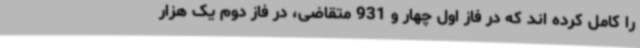
را کامل کرده اند که در فاز اول چهار و 931 متقاضی، در فاز دوم یک هزار